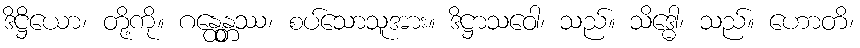
ဒိဋ္ဌိယော၊ တို့ကို။ ဂန္ထေန္တဿ၊ စပ်သောသူအား။ ဒိဋ္ဌာသဝေါ၊ သည်။ သိဒ္ဓေါ၊ သည်။ ဟောတိ၊